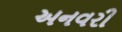
અનવરી